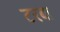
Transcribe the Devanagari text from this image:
टरबा